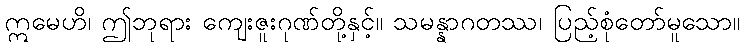
ဣမေဟိ၊ ဤဘုရား ကျေးဇူးဂုဏ်တို့နှင့်။ သမန္နာဂတဿ၊ ပြည့်စုံတော်မူသော။